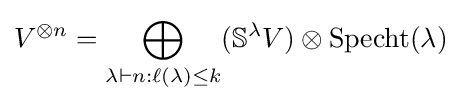
V^{\otimes n}=\bigoplus _{\lambda \vdash n:\ell (\lambda )\leq k}(\mathbb {S} ^{\lambda }V)\otimes \operatorname {Specht} (\lambda )